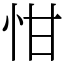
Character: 㤌